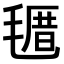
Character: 𣯗